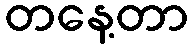
တနေ့တာ